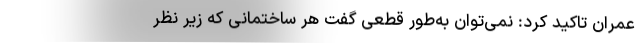
عمران تاکید کرد: نمی‌توان به‌طور قطعی گفت هر ساختمانی که زیر نظر